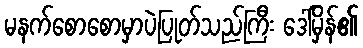
မနက်စောစောမှာပဲပြုတ်သည်ကြီး ဒေါ်မှိန်၏